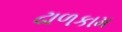
ઢાળકામ